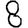
Digit: 8